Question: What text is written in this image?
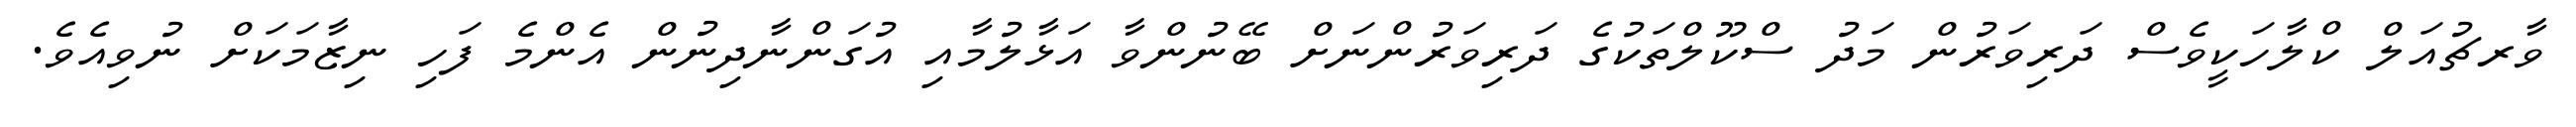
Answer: ވާރޗުއަލް ކްލާހަކީވެސް ދަރިވަރުން މަދު ސްކޫލްތަކުގެ ދަރިވަރުންނަށް ބޭނުންވާ އަޅާލުމާއި އުގަންނާދިނުން އެންމެ ފަހި ނިޒާމަކަށް ނުވިއެވެ.